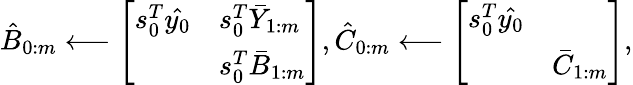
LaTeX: \hat{B}_{0:m}\longleftarrow\left[\begin{array}{ll}{s_{0}^{T}\hat{y_{0}}}&{s_{0}^{T}\bar{Y}_{1:m}}\\ &{s_{0}^{T}\bar{B}_{1:m}}\end{array}\right],\hat{C}_{0:m}\longleftarrow\left[\begin{array}{ll}{{s_{0}^{T}\hat{y_{0}}}}&\\ &{\bar{C}_{1:m}}\end{array}\right],